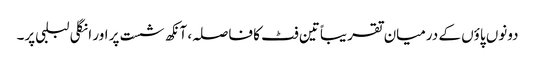
دونوں پاؤں کے درمیان تقریباً تین فٹ کا فاصلہ، آنکھ شست پر اور انگلی لبلبی پر۔